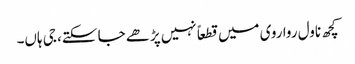
کچھ ناول روا روی میں قطعاً نہیں پڑھے جا سکتے، جی ہاں۔